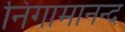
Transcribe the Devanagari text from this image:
निगामानन्द